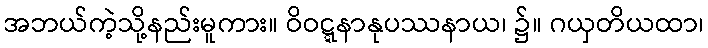
အဘယ်ကဲ့သို့နည်းမူကား။ ဝိဝဋ္ဋနာနုပဿနာယ၊ ၌။ ဂယှတိယထာ၊